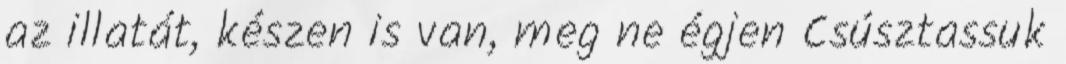
az illatát, készen is van, meg ne égjen Csúsztassuk